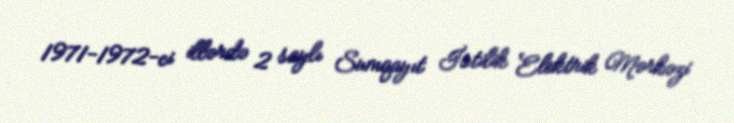
1971-1972-ci illərdə 2 saylı Sumqayıt İstilik Elektrik Mərkəzi